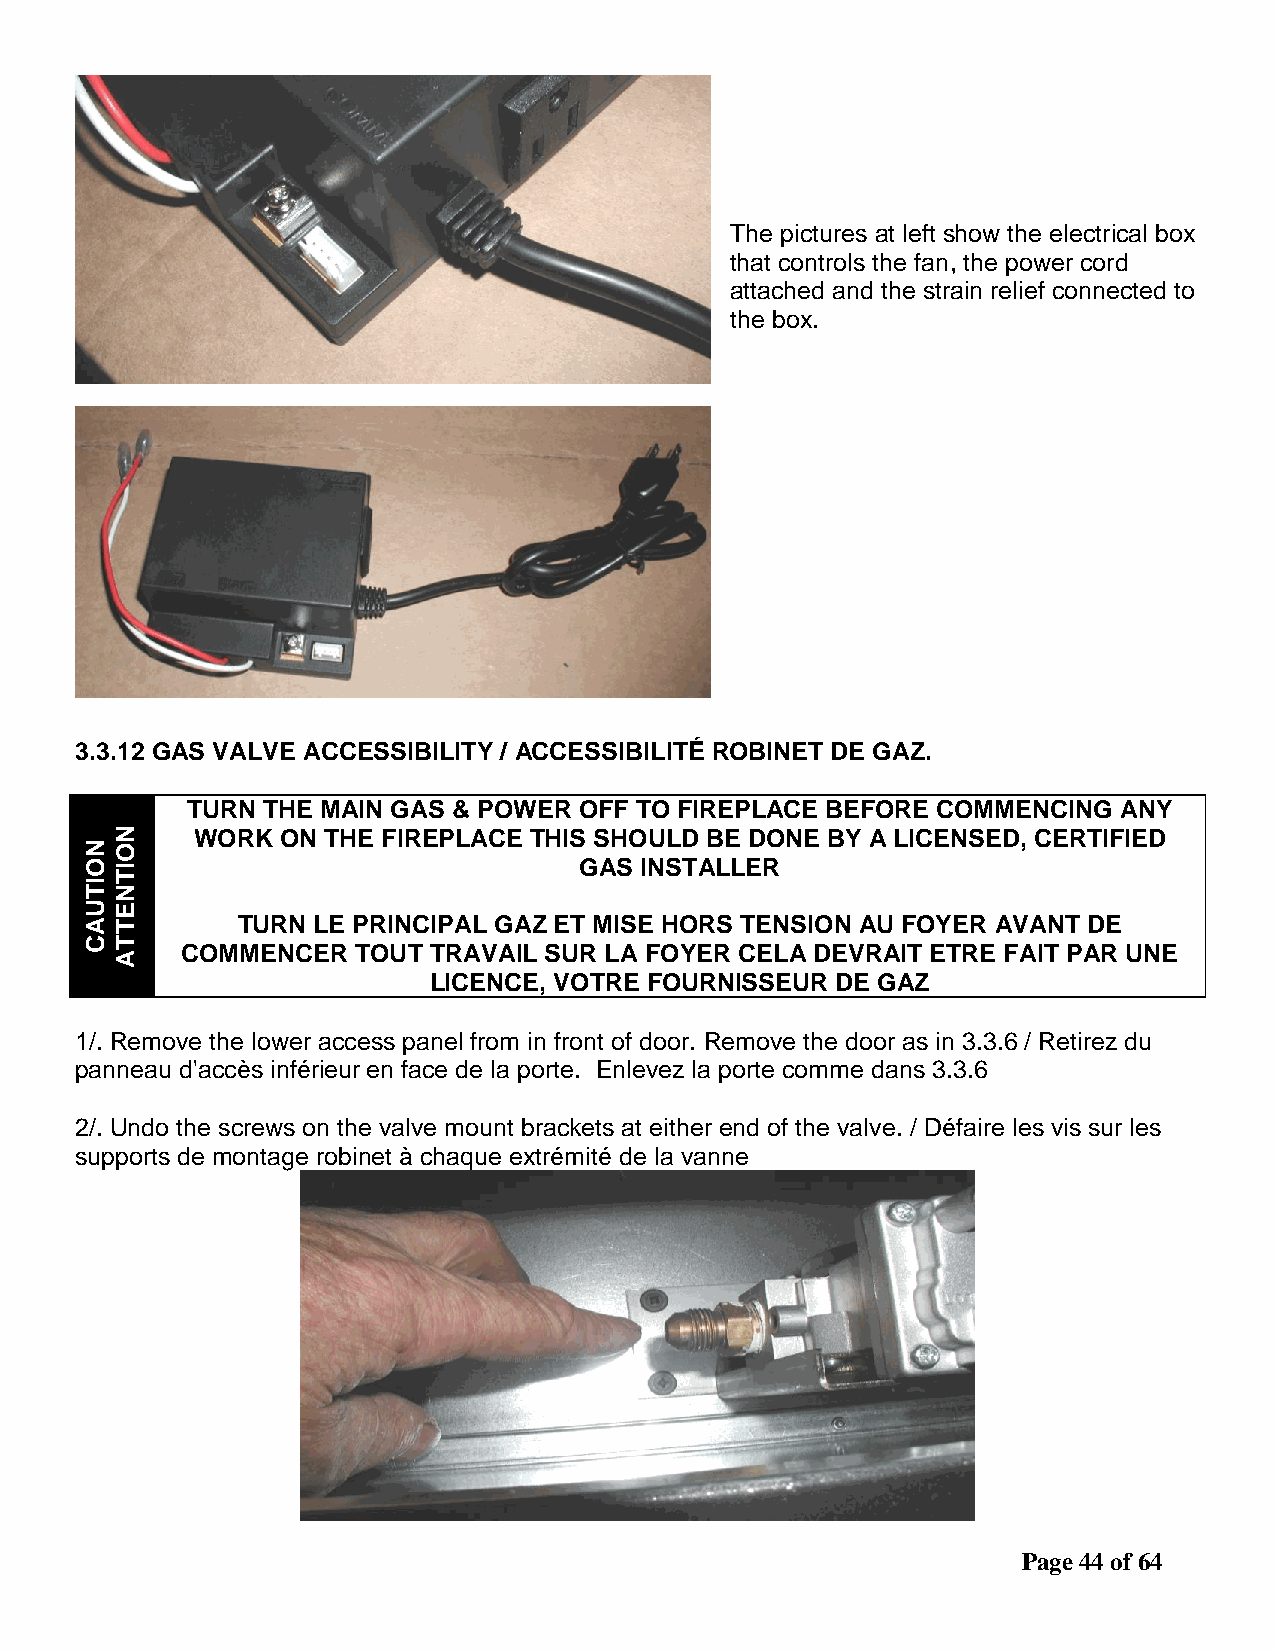
The pictures at left show the electrical box
 that controls the fan, the power cord
 attached and the strain relief connected to
 the box.
 3.3.12 GAS VALVE ACCESSIBILITY / ACCESSIBILITÉ ROBINET DE GAZ.
 TURN THE MAIN GAS & POWER OFF TO FIREPLACE BEFORE COMMENCING  ANY
 N    WORK  ON THE FIREPLACE THIS SHOULD BE DONE BY A LICENSED, CERTIFIED
 NO
 OI                              GAS INSTALLER
 T
 I
 TN
 UE
 AT        TURN LE PRINCIPAL GAZ ET MISE HORS TENSION AU FOYER AVANT DE
 CT
 COMMENCER  TOUT TRAVAIL SUR LA FOYER CELA DEVRAIT ETRE FAIT PAR UNE
 A
 LICENCE, VOTRE FOURNISSEUR DE GAZ
 1/. Remove the lower access panel from in front of door. Remove the door as in 3.3.6 / Retirez du
 panneau d'accès inférieur en face de la porte. Enlevez la porte comme dans 3.3.6
 2/. Undo the screws on the valve mount brackets at either end of the valve. / Défaire les vis sur les
 supports de montage robinet à chaque extrémité de la vanne
 Page 44 of 64